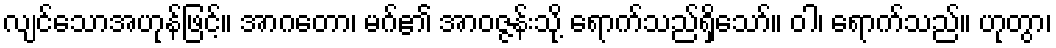
လျင်သောအဟုန်ဖြင့်။ အာဂတော၊ မဂ်၏ အာဝဇ္ဇန်းသို့ ရောက်သည်ရှိသော်။ ဝါ၊ ရောက်သည်။ ဟုတွာ၊